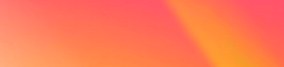
Public Restroom